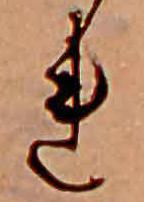
れ